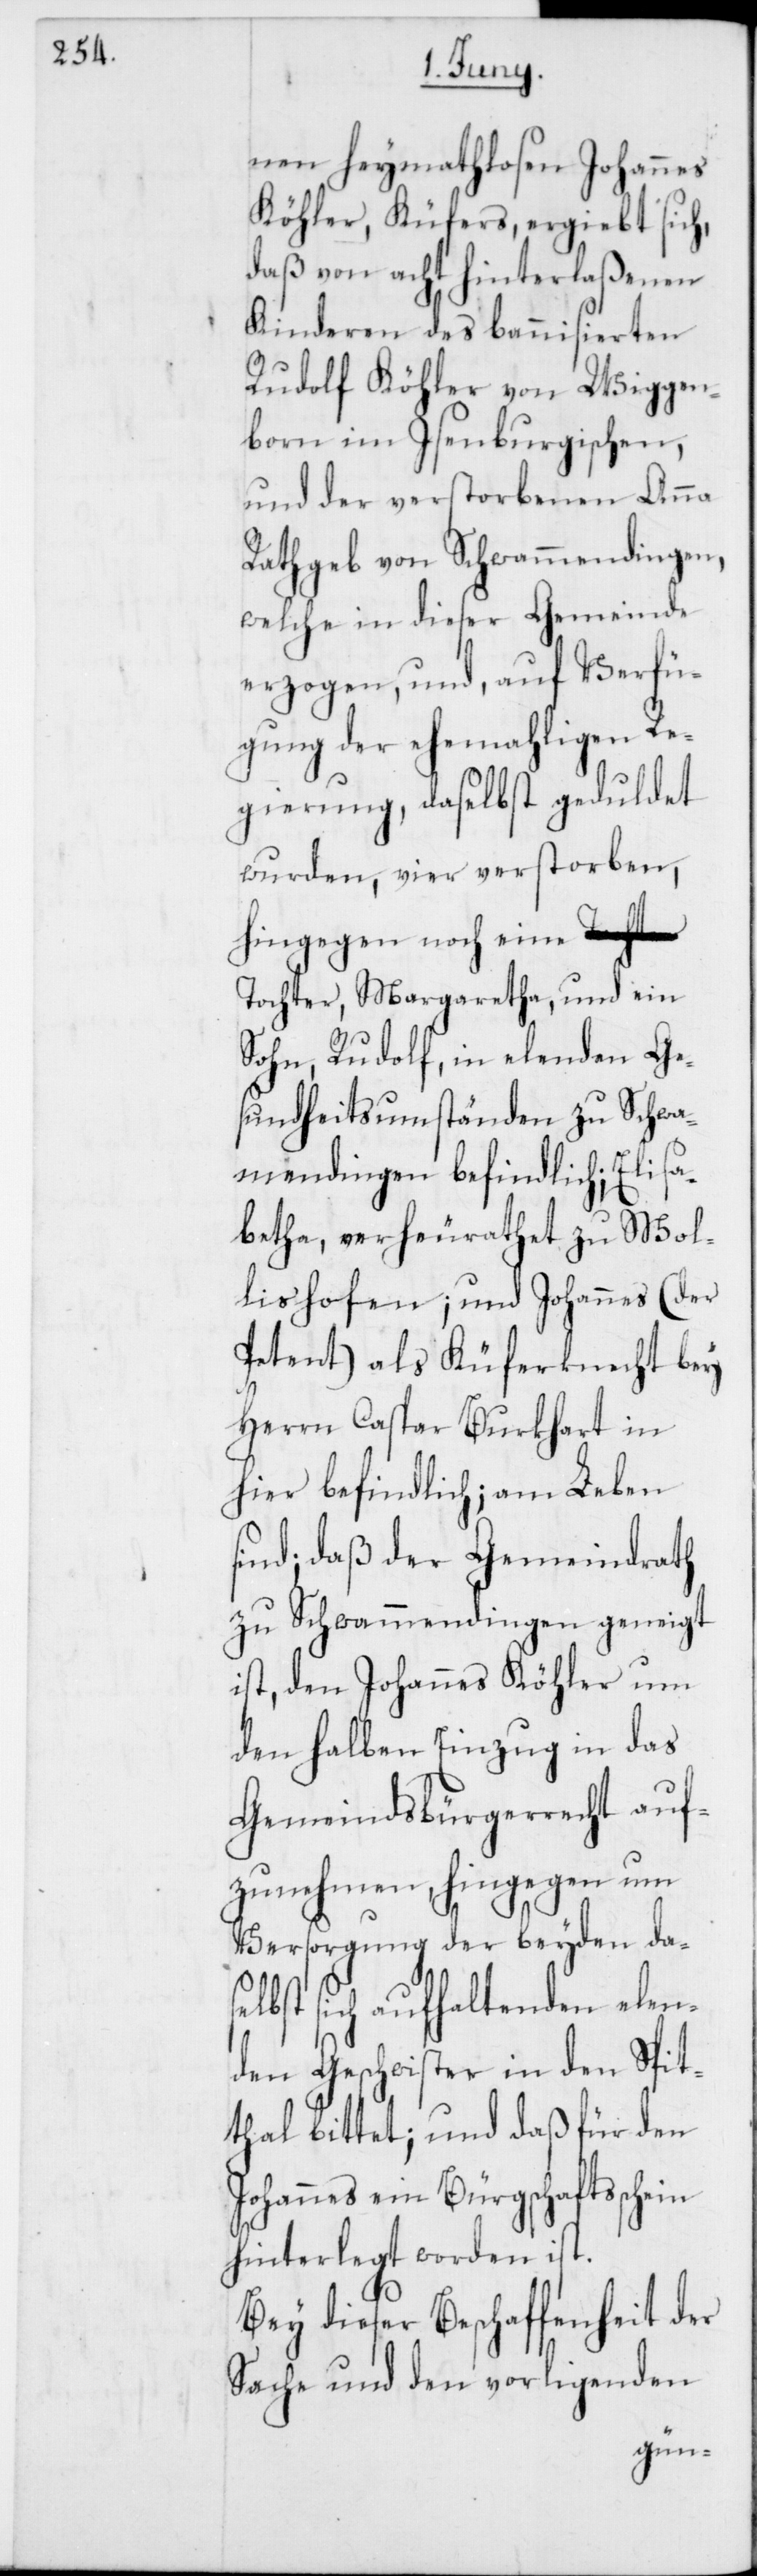
nen heymathlosen Johannes
Köhler, Küfers, ergiebt sich,
daß von acht hinterlaßenen
Kinderen des bannisierten
Rudolf Köhler von Wiggen¬
born im Isenburgischen,
und der verstorbenen Anna
Rathgeb von Schwammendingen,
welche in dieser Gemeinde
erzogen, und auf Verfü¬
gung der ehemaligen Re¬
gierung, daselbst geduldet
wurden, vier verstorben,
hingegen noch eine T¬
ochter, Margaretha, und ein
Sohn, Rudolf, in elenden Ge¬
sundheitsumständen zu Schwa¬
mendingen befindlich; Elisa¬
betha, verheurathet zu Wol¬
lishofen; und Johannes (der
Petent) als Küferknecht bey
Herrn Caspar Burkhart in
hier befindlich; am Leben
sind; daß der Gemeindrath
zu Schwammendingen geneigt
ist, den Johannes Köhler um
den halben Einzug in das
Gemeindsbürgerrecht auf¬
zunehmen, hingegen um
Versorgung der beyden das¬
elbst sich aufhaltenden elen¬
den Geschwister in den Spit¬
thal bittet; und daß für den
Johannes ein Bürgschaftsschein
hinterlegt worden ist.
Bey dieser Beschaffenheit der
Sache und den vorligenden